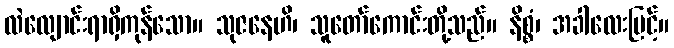
လဲလျောင်းရာရှိကုန်သော။ သုဇနေဟိ၊ သူတော်ကောင်းတို့သည်။ နိစ္စံ၊ အခါလေးမြင့်။